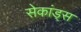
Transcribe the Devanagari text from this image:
सेकांड्स